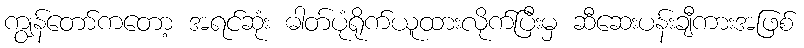
ကျွန်တော်ကတော့ အရင်ဆုံး ဓါတ်ပုံရိုက်ယူထားလိုက်ပြီးမှ ဆီဆေးပန်းချီကားအဖြစ်